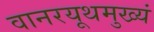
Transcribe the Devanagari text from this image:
वानरयूथमुख्यं